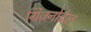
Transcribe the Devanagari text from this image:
ग्रिज़नोडेल